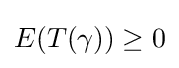
E(T(\gamma ))\geq 0